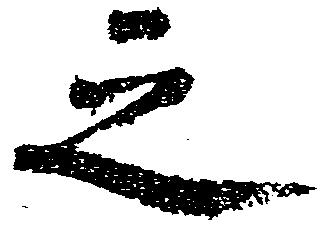
之